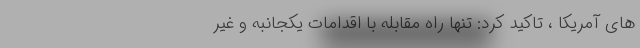
های آمریکا ، تاکید کرد: تنها راه مقابله با اقدامات یکجانبه و غیر